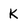
Character: K